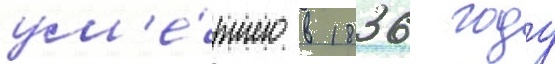
ум'е́ршего в 1836 году